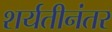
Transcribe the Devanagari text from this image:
शर्यतीनंतर